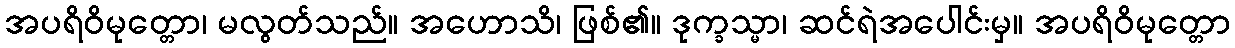
အပရိဝိမုတ္တော၊ မလွတ်သည်။ အဟောသိ၊ ဖြစ်၏။ ဒုက္ခသ္မာ၊ ဆင်ရဲအပေါင်းမှ။ အပရိဝိမုတ္တော